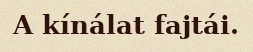
A kínálat fajtái.